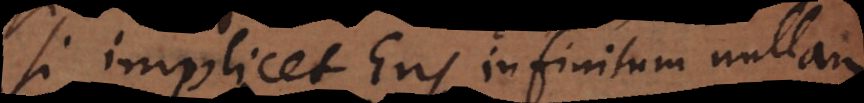
si implicet Ens infinitum nullam